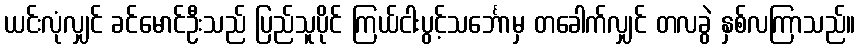
ယင်းလုံလျှင် ခင်မောင်ဦးသည် ပြည်သူပိုင် ကြယ်ငါးပွင့်သင်္ဘောမှ တခေါက်လျှင် တလခွဲ နှစ်လကြာသည်။